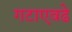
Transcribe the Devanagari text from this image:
गटाएवढे